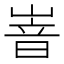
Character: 𡺞